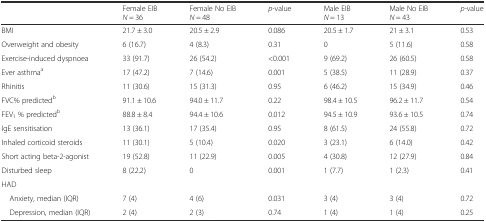
|  | Female EIB N = 36 | Female No EIB N = 48 | p-value | Male EIB N = 13 | Male No EIB N = 43 | p-value |
 | --- | --- | --- | --- | --- | --- | --- |
 | BMI | 21.7 ± 3.0 | 20.5 ± 2.9 | 0.086 | 20.5 ± 1.7 | 21 ± 3.1 | 0.53 |
 | Overweight and obesity | 6 (16.7) | 4 (8.3) | 0.31 | 0 | 5 (11.6) | 0.58 |
 | Exercise-induced dyspnoea | 33 (91.7) | 26 (54.2) | <0.001 | 9 (69.2) | 26 (60.5) | 0.58 |
 | Ever asthmaa | 17 (47.2) | 7 (14.6) | 0.001 | 5 (38.5) | 11 (28.9) | 0.37 |
 | Rhinitis | 11 (30.6) | 15 (31.3) | 0.95 | 6 (46.2) | 15 (34.9) | 0.46 |
 | FVC% predictedb | 91.1 ± 10.6 | 94.0 ± 11.7 | 0.22 | 98.4 ± 10.5 | 96.2 ± 11.7 | 0.54 |
 | FEV1 % predictedb | 88.8 ± 8.4 | 94.4 ± 10.6 | 0.012 | 94.5 ± 10.9 | 93.6 ± 10.5 | 0.74 |
 | IgE sensitisation | 13 (36.1) | 17 (35.4) | 0.95 | 8 (61.5) | 24 (55.8) | 0.72 |
 | Inhaled corticoid steroids | 11 (30.1) | 5 (10.4) | 0.020 | 3 (23.1) | 6 (14.0) | 0.42 |
 | Short acting beta-2-agonist | 19 (52.8) | 11 (22.9) | 0.005 | 4 (30.8) | 12 (27.9) | 0.84 |
 | Disturbed sleep | 8 (22.2) | 0 | 0.001 | 1 (7.7) | 1 (2.3) | 0.41 |
 | HAD |  |  |  |  |  |  |
 | Anxiety, median (IQR) | 7 (4) | 4 (6) | 0.031 | 3 (4) | 3 (4) | 0.72 |
 | Depression, median (IQR) | 2 (4) | 2 (3) | 0.74 | 1 (4) | 1 (4) | 0.25 |